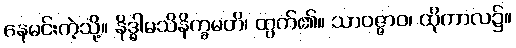
နေမင်းကဲ့သို့။ နိဒ္ဓါမသိနိက္ခမတိ၊ ထွက်၏။ သာဝဇ္ဇာဝ၊ ထိုကာလ၌။